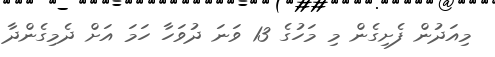
މިއަދުން ފެށިގެން މި މަހުގެ 13 ވަނަ ދުވަހާ ހަމަ އަށް ދެމިގެންދާ